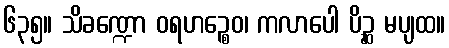
၆၃၅။ သိခဏ္ဍော ဝရဟဉ္စေဝ၊ ကလာပေါ ပိဉ္ဆ မပျထ။